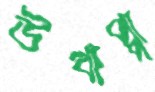
উত্থাপ্পা